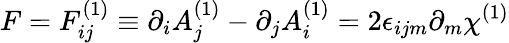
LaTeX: F=F_{ij}^{(1)}\equiv\partial_{i}A_{j}^{(1)}-\partial_{j}A_{i}^{(1)}=2\epsilon_{ijm}\partial_{m}\chi^{(1)}